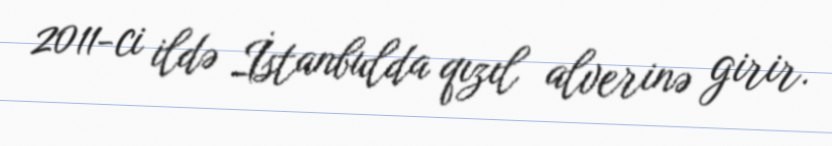
2011-ci ildə İstanbulda qızıl alverinə girir.